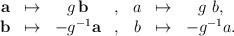
LaTeX: \begin{align*}\begin{array}{rcccrcc} {\bf a} &\mapsto& g \, {\bf b} &, & a & \mapsto & g \ b ,\cr {\bf b} &\mapsto& - g^{-1} {\bf a}&, & b &\mapsto& - g^{-1} a .\end{array}\end{align*}